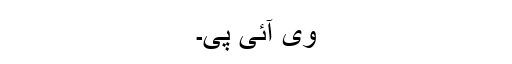
وی آئی پی۔